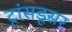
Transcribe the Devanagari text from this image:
ट्रांसडूसर